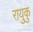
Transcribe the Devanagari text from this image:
रायुकु